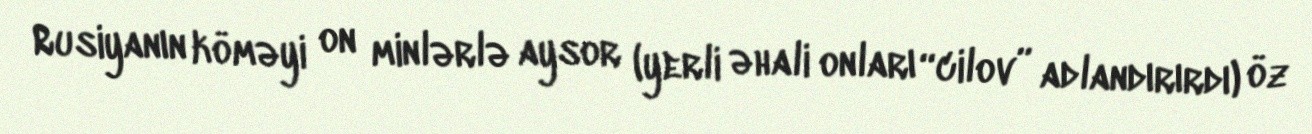
Rusiyanın köməyi on minlərlə aysor (yerli əhali onları “cilov” adlandırırdı) öz